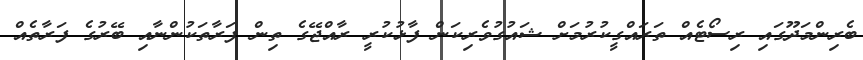
ބެރިންމަދޫގައި ރިސޯޓެއް ތަރައްގީކުރުމަށް ޝައުގުވެރިކަން ފާޅުކުރީ ރާއްޖޭގެ ތިން ފަރާތަކުންނާއި ބޭރުގެ ފަރާތެއް